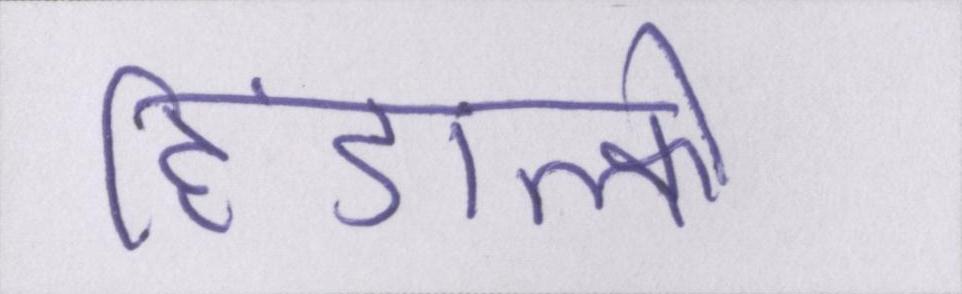
हिंडाल्को